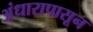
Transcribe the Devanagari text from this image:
अंधारापासून